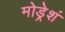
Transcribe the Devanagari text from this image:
मोड्रेशं